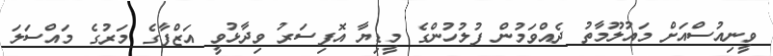
ވީނިއުސްއަށް މައުލޫމާތު ދެއްވަމުން ފުލުހުންގެ މީޑިޔާ އޮފިސަރު ވިދާޅުވީ އަޒްފާގެ މަރުގެ މައްސަލަ